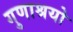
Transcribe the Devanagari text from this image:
गुणाश्रयो